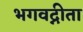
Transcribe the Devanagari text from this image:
भगवद्नीता